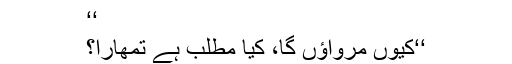
‘‘
‘‘کیوں مرواؤں گا، کیا مطلب ہے تمھارا؟